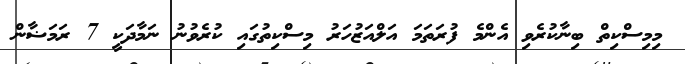
މިމިސްކިތް ބިނާކުރެވި އެންމެ ފުރަތަމަ އަލްއަޒުހަރު މިސްކިތުގައި ކުރެވުނު ނަމާދަކީ 7 ރަމަޟާން